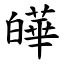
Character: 皣